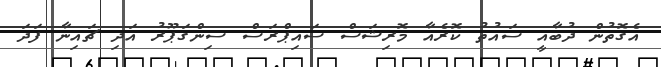
އެގޮތުން ދުބާއީ ސައުތު ކޮރެއާ މޮރިޝަސް ސައިޕްރަސް ސިންގަޕޫރު އަދި ޗައިނާ ފަދަ